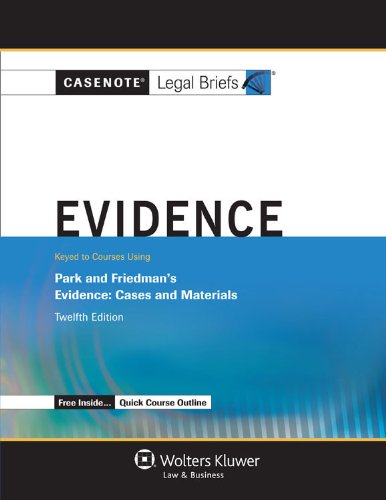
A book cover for Casenote Legal Briefs: Evidence Keyed to Park and Friedman, 12th Edition (with Evidence Quick Course Outline); Casenotes; Law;